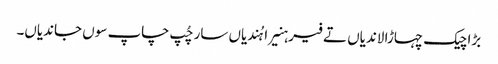
بڑا چیک چہاڑا لاندیاں تے فیر ہنیرا ہُندیاں سار چُپ چاپ سوں جاندیاں۔